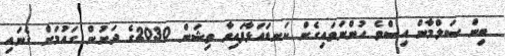
ބިން ސަލްމާން އިސްވެ ހުންނަވައިގެން ކަނޑައަޅާފައިވާ ވިޝަން 2030ގެ ދަށުން ގައުމަށް ގެނައި